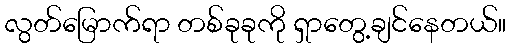
လွတ်မြောက်ရာ တစ်ခုခုကို ရှာတွေ့ချင်နေတယ်။